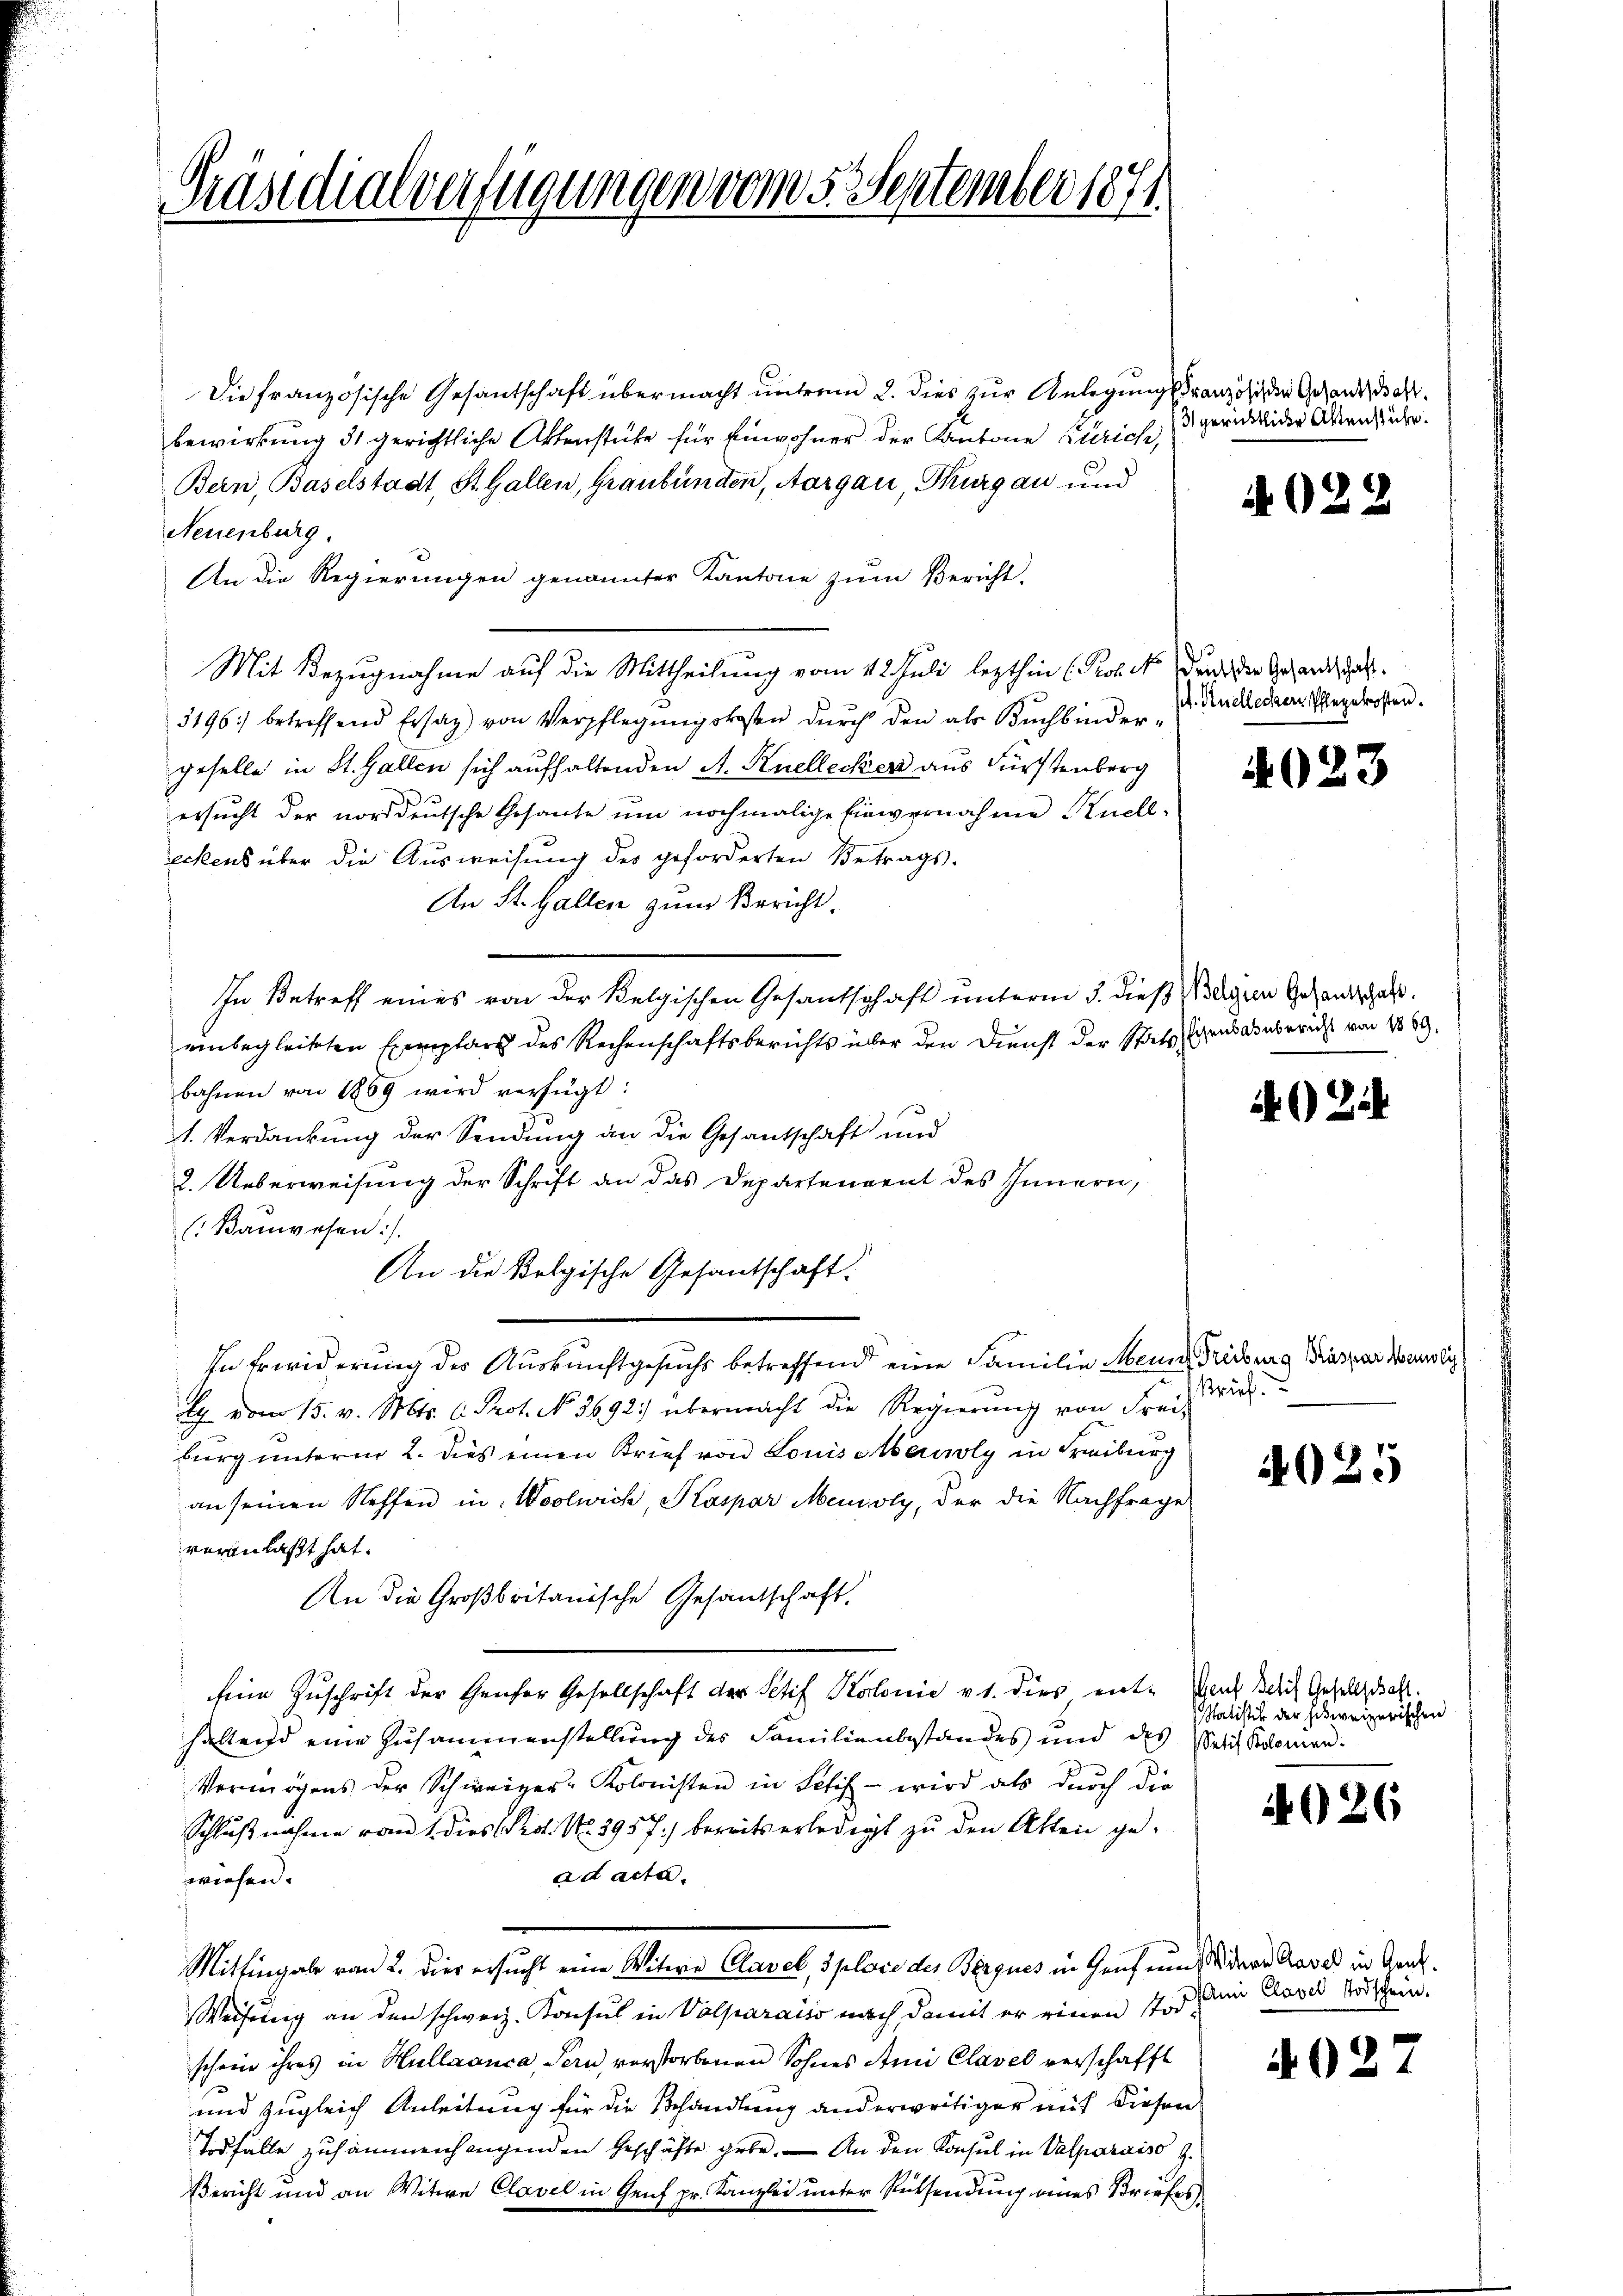
Präsidialverfügungen vom 5. September 1871

Die französische Gesantschaft übermacht unterm 2. dies zur Anlegungs Französis den Gesandt, da
bewirkung 31 gerichtliche Aktenstüke für Einwohner der Kantone Zürich,
Bern, Baselstadt, St. Gallen, Graubünden, Aargau, Thurgau und
Neuenburg.
An die Regierungen genannter Kantone zum Bericht-
Mit Bezugnahme auf die Mittheilung vom 112. Juli lezthin (Probe Fruch die Gesandtschaft.
3196) betreffend Ersag) von Verpflegungskosten durch den als Buchbindergeselle in St. Gallen sich aufhaltenden A. Knellecker aus Fürstenberg
ersucht der norddeutsche Gesante um nochmalige Einvernahme nell-
reckens über die Ausweisung des geforderten Betrags-
An St. Gallen zum Bericht.
In Betreff eines von der Belgischen Gesantschaft unterm 3. dieß Magen Gesandtschaft
einbegleiteten Exemplars des Rechenschaftsberichts über den Dienst der Stats gensaubericht von 1889.
bahnen von 1869 wird verfügt:
1. Verdankung der Sendung an die Gesantschaft und
2. Ueberweisung der Schrift an das Departengent des Innern,
(Bauwesen :/
An die Bolgische Gesandschaft.
In Erwiderung des Auskunftgesuchs betreffend eine Familie Mein Fribourg Braspar Hasli
l vom 15. v. Mts. C. Prot. No. 3692) übermacht die Regierŭng von Frei-
burg unterm 2. dies einen Brief von Louis beuoly in Freiburg
an seinen Neffen in Woolwich, Kaspar Mennoly, der die Nachfrage
veranlaßt hat.
An die Großbritanische Gesandschaft.
Eine Zuschrift der Genfer Gesellschaft der Petif Kolonie v. 1. dies ent-
saltend eine Zusammenstellung des Familienbestandes und des Selich Kolomen.
Vermögens der Schweizer-Kolonisten in Petif - wird als durch die
Schlußnahme vom 1. dies Prot. No. 2957) bereits erledigt zu den Akten gead acta.
wiesen.
Mittingabe von 2. dies ersucht eine Witwe Clavel, Sploie des Bergues in Gruf uns dere Caved in Gene¬
Weisung an den schweiz. Konsul in Volparatis nach damit er einen Todschein ihres in Hullaanca, Pern, verstorbenen Sohnes Ami Clavel verschafft
und zugleich Anleitung für die Behandlung anderweitiger mit diesen
Todfälle zusammenhangenden Geschäfte gebe. — An den Konsul in Valparaiso z.
Bericht und an Witwe Clavel in Genf pr. Kanzlei unter Rücksendung eines Briefes

3 gerichtliche Aktenstube.

4022

¬
pt. Ruchlechen Pflegekosten.

4023

2

Brief.

1935

Gent Schef Gesellschaft.
Satistik der hisweizerischen

626

Mmi Clavel Todschein.

4027